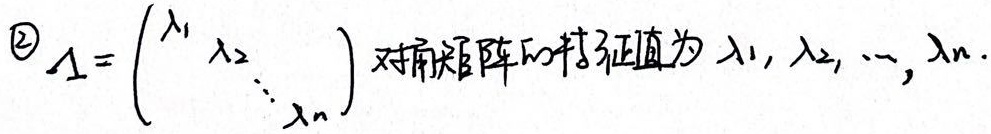
\textcircled{2}$A = \begin{pmatrix}\lambda_1 & & \\& \lambda_2 & \\& & \ddots & \\& & & \lambda_n\end{pmatrix}$ 对角矩阵的特征值为$\lambda_1, \lambda_2, \cdots, \lambda_n$ .